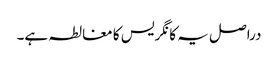
دراصل یہ کانگریس کا مغالطہ ہے۔